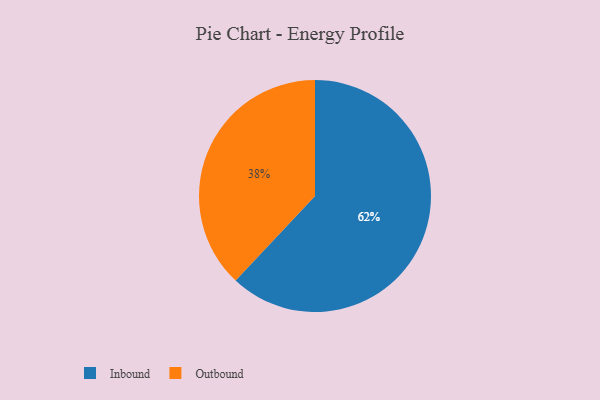
{"axis": {"x": "Category", "y": "Percentage"}, "legend": ["Inbound", "Outbound"], "data": [{"x": "Outbound", "y": 38, "type": "Outbound"}, {"x": "Inbound", "y": 62, "type": "Inbound"}]}